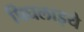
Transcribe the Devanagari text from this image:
पिघलाइये